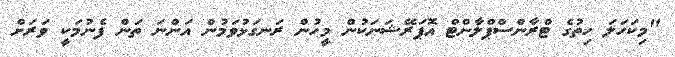
"މިކަހަލަ ހިތުގެ ޓްރާންސްޕްލާންޓް އޮޕަރޭޝަނަކުން މީހުން ރަނގަޅުވަމުން އަންނަ ތަން ފެނުމަކީ ވަރަށް